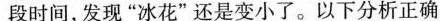
段时间，发现”冰花”还是变小了。以下分析正确